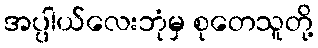
အပ္ပါယ်လေးဘုံမှ စုတေသူတို့